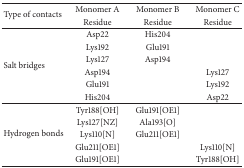
<table><thead><tr><td rowspan="2"><b>Type of contacts</b></td><td><b>Monomer A</b></td><td><b>Monomer B</b></td><td><b>Monomer C</b></td></tr><tr><td><b>Residue</b></td><td><b>Residue</b></td><td><b>Residue</b></td></tr></thead><tbody><tr><td rowspan="6">Salt bridges</td><td>Asp22</td><td>His204</td><td> </td></tr><tr><td>Lys192</td><td>Glu191</td><td> </td></tr><tr><td>Lys127</td><td>Asp194</td><td> </td></tr><tr><td>Asp194</td><td> </td><td>Lys127</td></tr><tr><td>Glu191</td><td> </td><td>Lys192</td></tr><tr><td>His204</td><td> </td><td>Asp22</td></tr><tr><td rowspan="5">Hydrogen bonds</td><td>Tyr188[OH]</td><td>Glu191[OE1]</td><td> </td></tr><tr><td>Lys127[NZ]</td><td>Ala193[O]</td><td> </td></tr><tr><td>Lys110[N]</td><td>Glu211[OE1]</td><td> </td></tr><tr><td>Glu211[OE1]</td><td> </td><td>Lys110[N]</td></tr><tr><td>Glu191[OE1]</td><td> </td><td>Tyr188[OH]</td></tr></tbody></table>